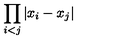
\displaystyle { \prod _ { i < j } | x _ { i } - x _ { j } | }